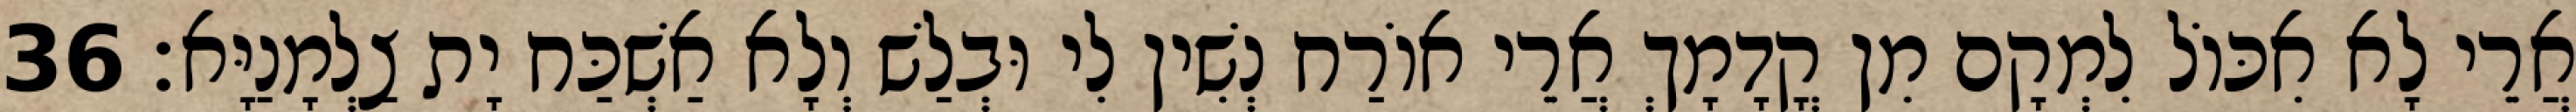
אֲרֵי לָא אִכּוֹל לִמְקָם מִן קֳדָמָךְ אֲרֵי אוֹרַח נְשִׁין לִי וּבְלַשׁ וְלָא אַשְׁכַּח יָת צַלְמָנַיָּא׃ 36